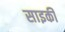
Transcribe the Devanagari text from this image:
साइकी